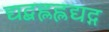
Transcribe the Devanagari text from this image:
द्यद्बह्लह्लद्यद्ग